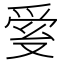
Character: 𤔐